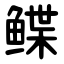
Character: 鲽